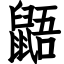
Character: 鼯